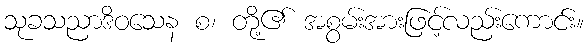
သုခသညာဒိဝသေန စ၊ တို့၏ အစွမ်းအားဖြင့်လည်းကောင်း။